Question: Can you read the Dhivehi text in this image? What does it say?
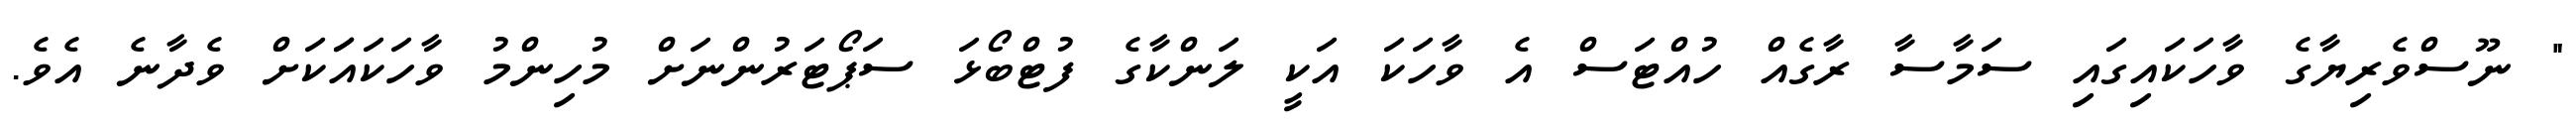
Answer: " ނޫސްވެރިޔާގެ ވާހަކައިގައި ސަމާސާ ރާގެއް ހުއްޓަސް އެ ވާހަކަ އަކީ ލަންކާގެ ފުޓްބޯޅަ ސަޕޯޓަރުންނަށް މުހިންމު ވާހަކައަަކަށް ވެދާނެ އެވެ.